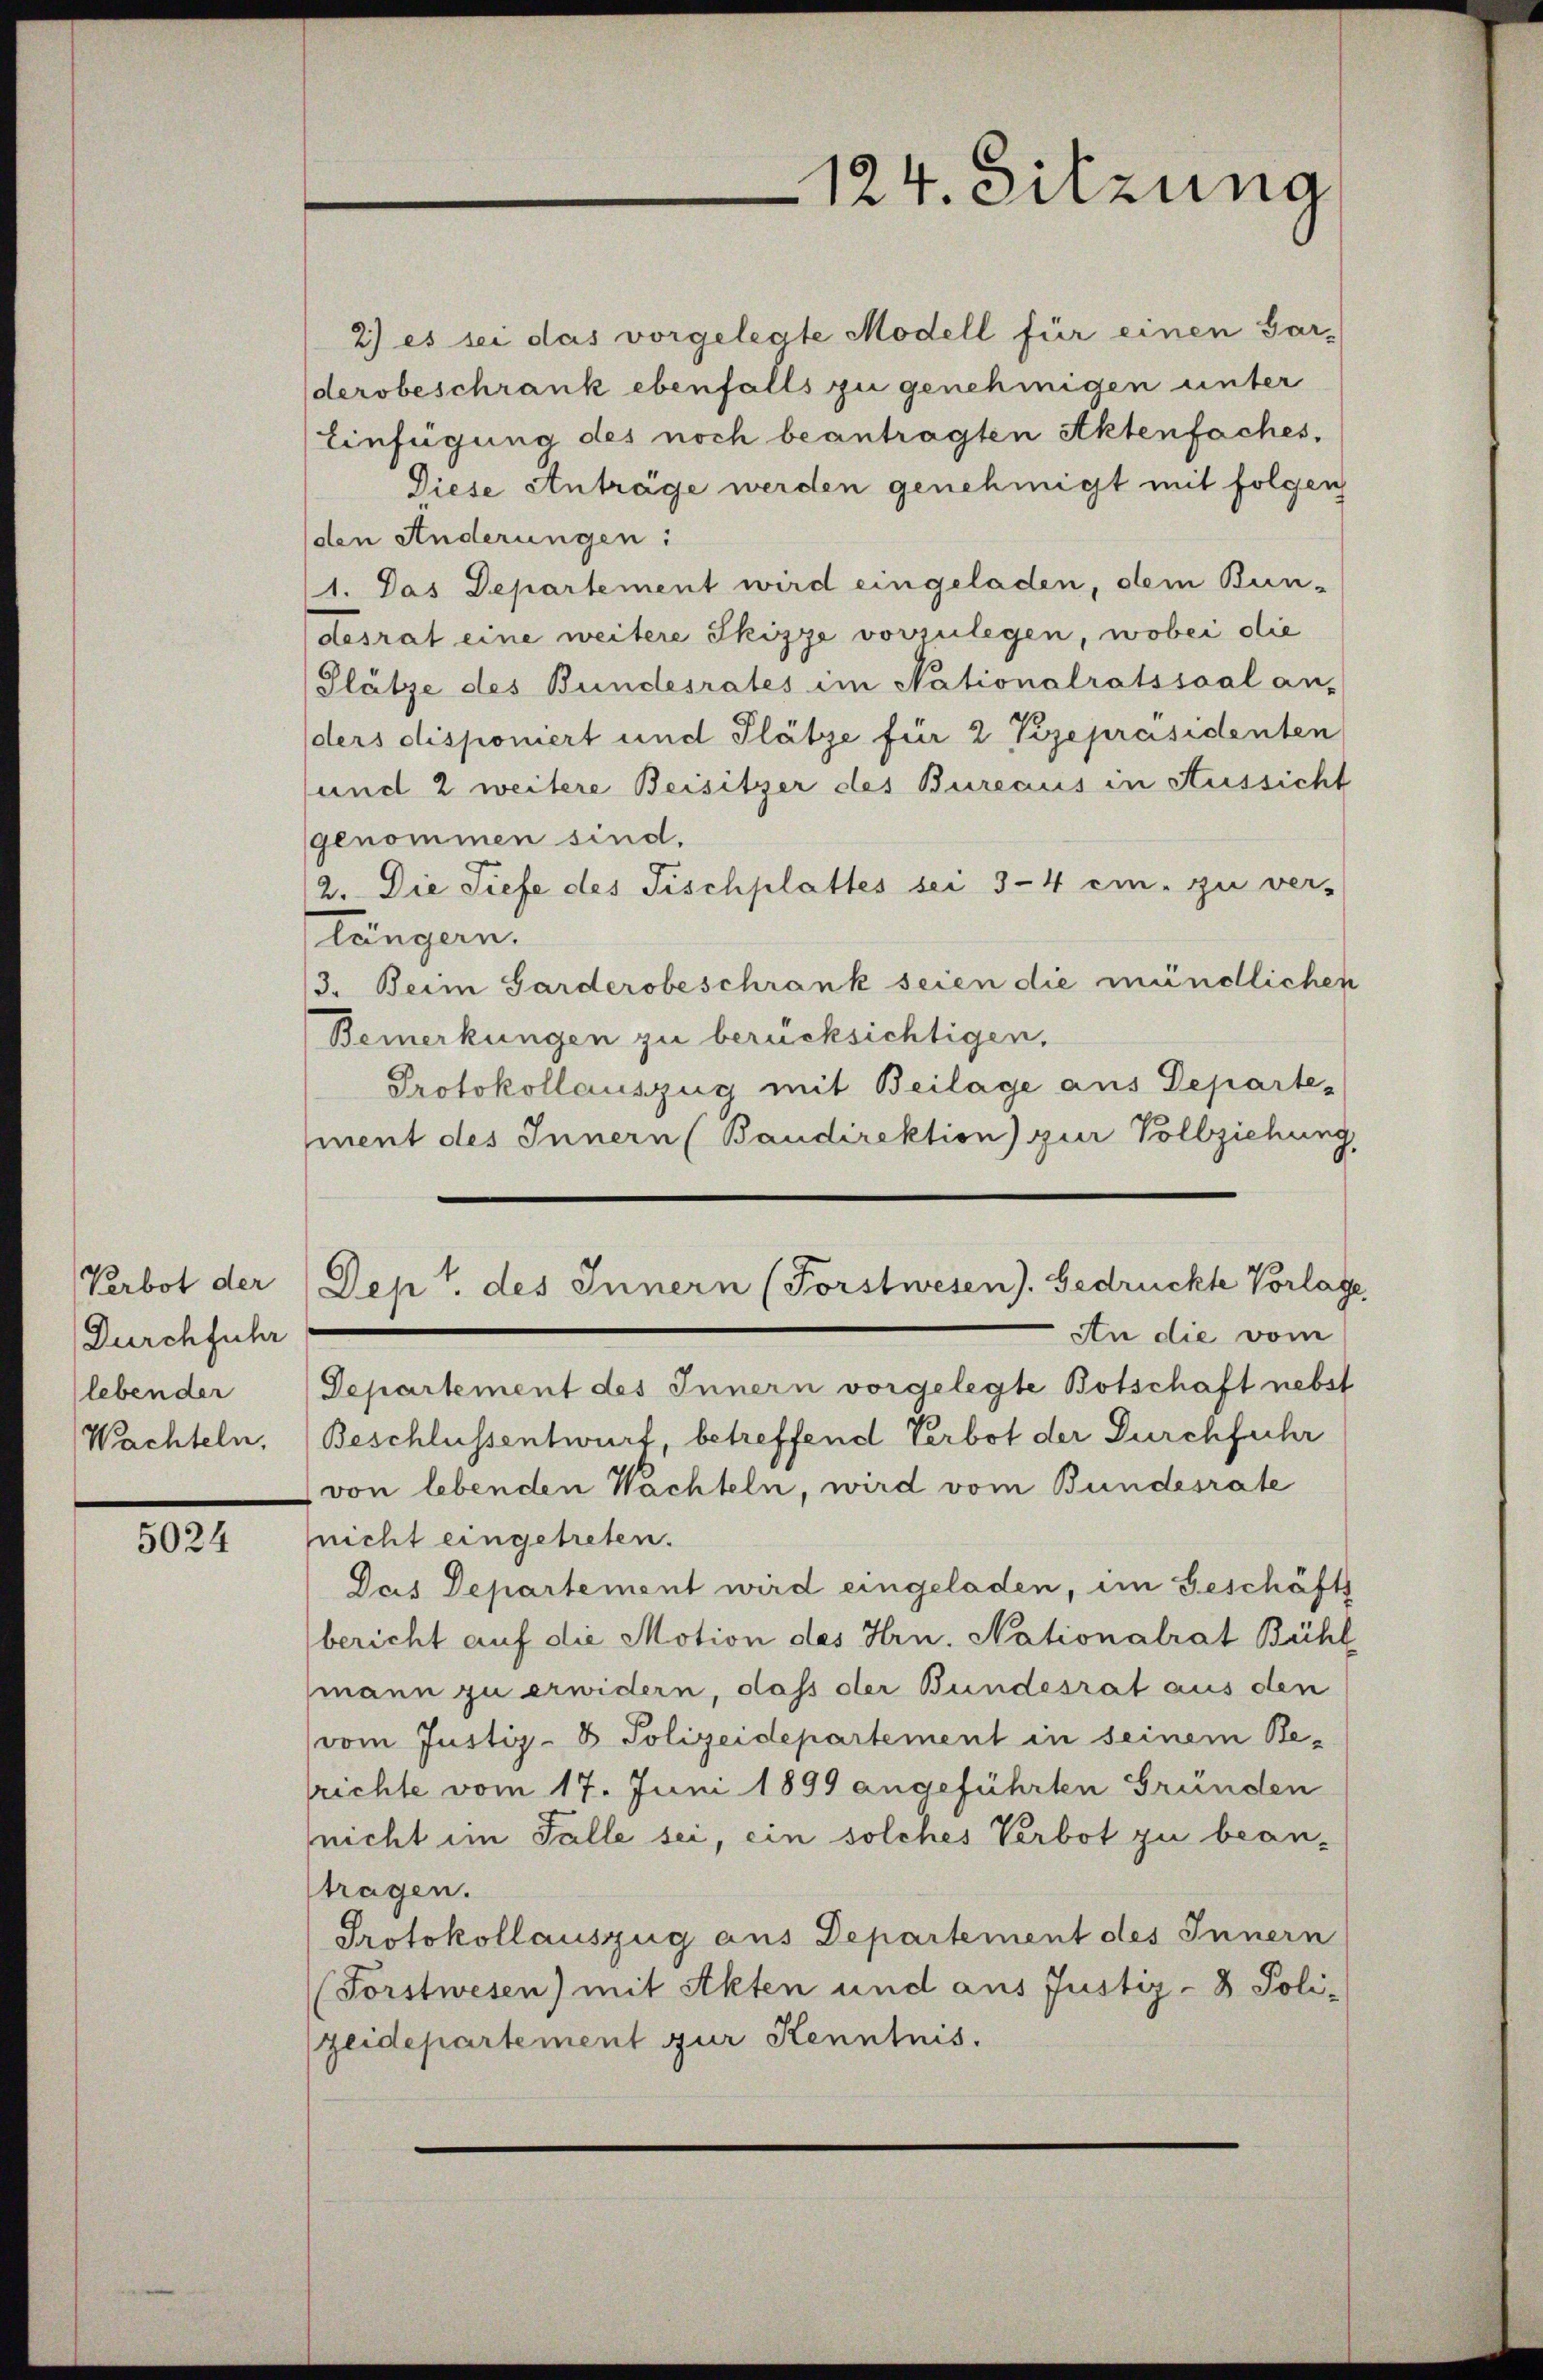
Verbot der
Durchführ
leben der
Wachteln.

5024

124. Sitzung

2) es sei das vorgelegte Modell für einen Garderobeschrank ebenfalls zu genehmigen unter
Einfügung des noch beantragten Aktenfaches,
Diese Anträge werden genehmigt mit folgen
den Anderungen:
1. Das Departement wird eingeladen, dem Bun-
desrat eine weitere Skizze vorzulegen, wobei die
Plätze des Bundesrates im Nationalratssaal an-
ders disponiert und Plätze für 2 Vizepräsidenten
und 2 weitere Beisitzer des Bureaus in Aussicht
genommen sind.
2. Die Tiefe des Tischplattes sei 3-4 ein zu ver-
längern.
3. Beim Sarderobeschrank seien die mündlichen
Bemerkungen zu berücksichtigen,
Protokollauszug mit Beilage aus Departement des Innern (Baudirektion) zur Vollziehung
Dep. des Innern (Forstwesen). Gedrückte Vorlage,
An die vom
Departement des Innern vorgelegte Botschaft nebst
Beschlussentwurf, betreffend Verbot der Durchführ
von lebenden Wachteln, wird vom Bundesrate
nicht eingetreten.
Das Departement wird eingeladen, im Geschäfts
bericht auf die Motion des Hrn. Nationalrat Bühl
mann zu erwidern, dass der Bundesrat aus den
(vom Justiz- & Polizeidepartement in seinem Be-
richte vom 17. Juni 1899 angeführten Gründen
nicht im Falle sei, ein solches Verbot zu bean-
tragen.
Protokollauszug aus Departement des Innern
(Forstwesen) mit Akten und aus Justiz- & Polizeidepartement zur Kenntnis.